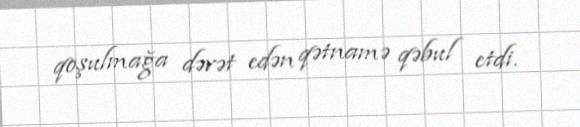
qoşulmağa dəvət edən qətnamə qəbul etdi.